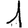
Digit: 1